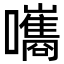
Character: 𡄴